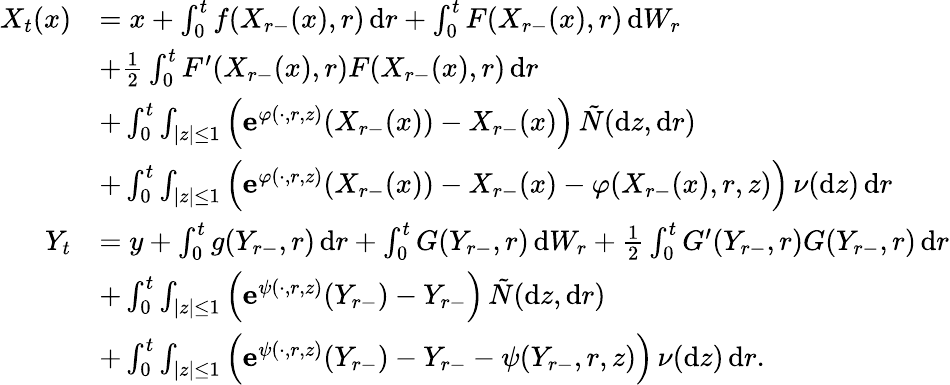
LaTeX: \begin{array}{rl}{X_{t}(x)}&{=x+\int_{0}^{t}f(X_{r-}(x),r)\, \mathrm{d}r+\int_{0}^{t}F(X_{r-}(x),r)\, \mathrm{d}W_{r}}\\ &{+\frac 12\int_{0}^{t}F^{\prime}(X_{r-}(x),r)F(X_{r-}(x),r)\, \mathrm{d}r}\\ &{+\int_{0}^{t}\int_{|z|\leq 1}\Big(\mathbf{e}^{\varphi(\cdot,r,z)}(X_{r-}(x))-X_{r-}(x)\Big)\, \tilde{N}(\mathrm{d}z,\mathrm{d}r)}\\ &{+\int_{0}^{t}\int_{|z|\leq 1}\Big(\mathbf{e}^{\varphi(\cdot,r,z)}(X_{r-}(x))-X_{r-}(x)-\varphi(X_{r-}(x),r,z)\Big)\, \nu(\mathrm{d}z)\, \mathrm{d}r}\\ {Y_{t}}&{=y+\int_{0}^{t}g(Y_{r-},r)\, \mathrm{d}r+\int_{0}^{t}G(Y_{r-},r)\, \mathrm{d}W_{r}+\frac 12\int_{0}^{t}G^{\prime}(Y_{r-},r)G(Y_{r-},r)\, \mathrm{d}r}\\ &{+\int_{0}^{t}\int_{|z|\leq 1}\Big(\mathbf{e}^{\psi(\cdot,r,z)}(Y_{r-})-Y_{r-}\Big)\, \tilde{N}(\mathrm{d}z,\mathrm{d}r)}\\ &{+\int_{0}^{t}\int_{|z|\leq 1}\Big(\mathbf{e}^{\psi(\cdot,r,z)}(Y_{r-})-Y_{r-}-\psi(Y_{r-},r,z)\Big)\, \nu(\mathrm{d}z)\, \mathrm{d}r.}\end{array}